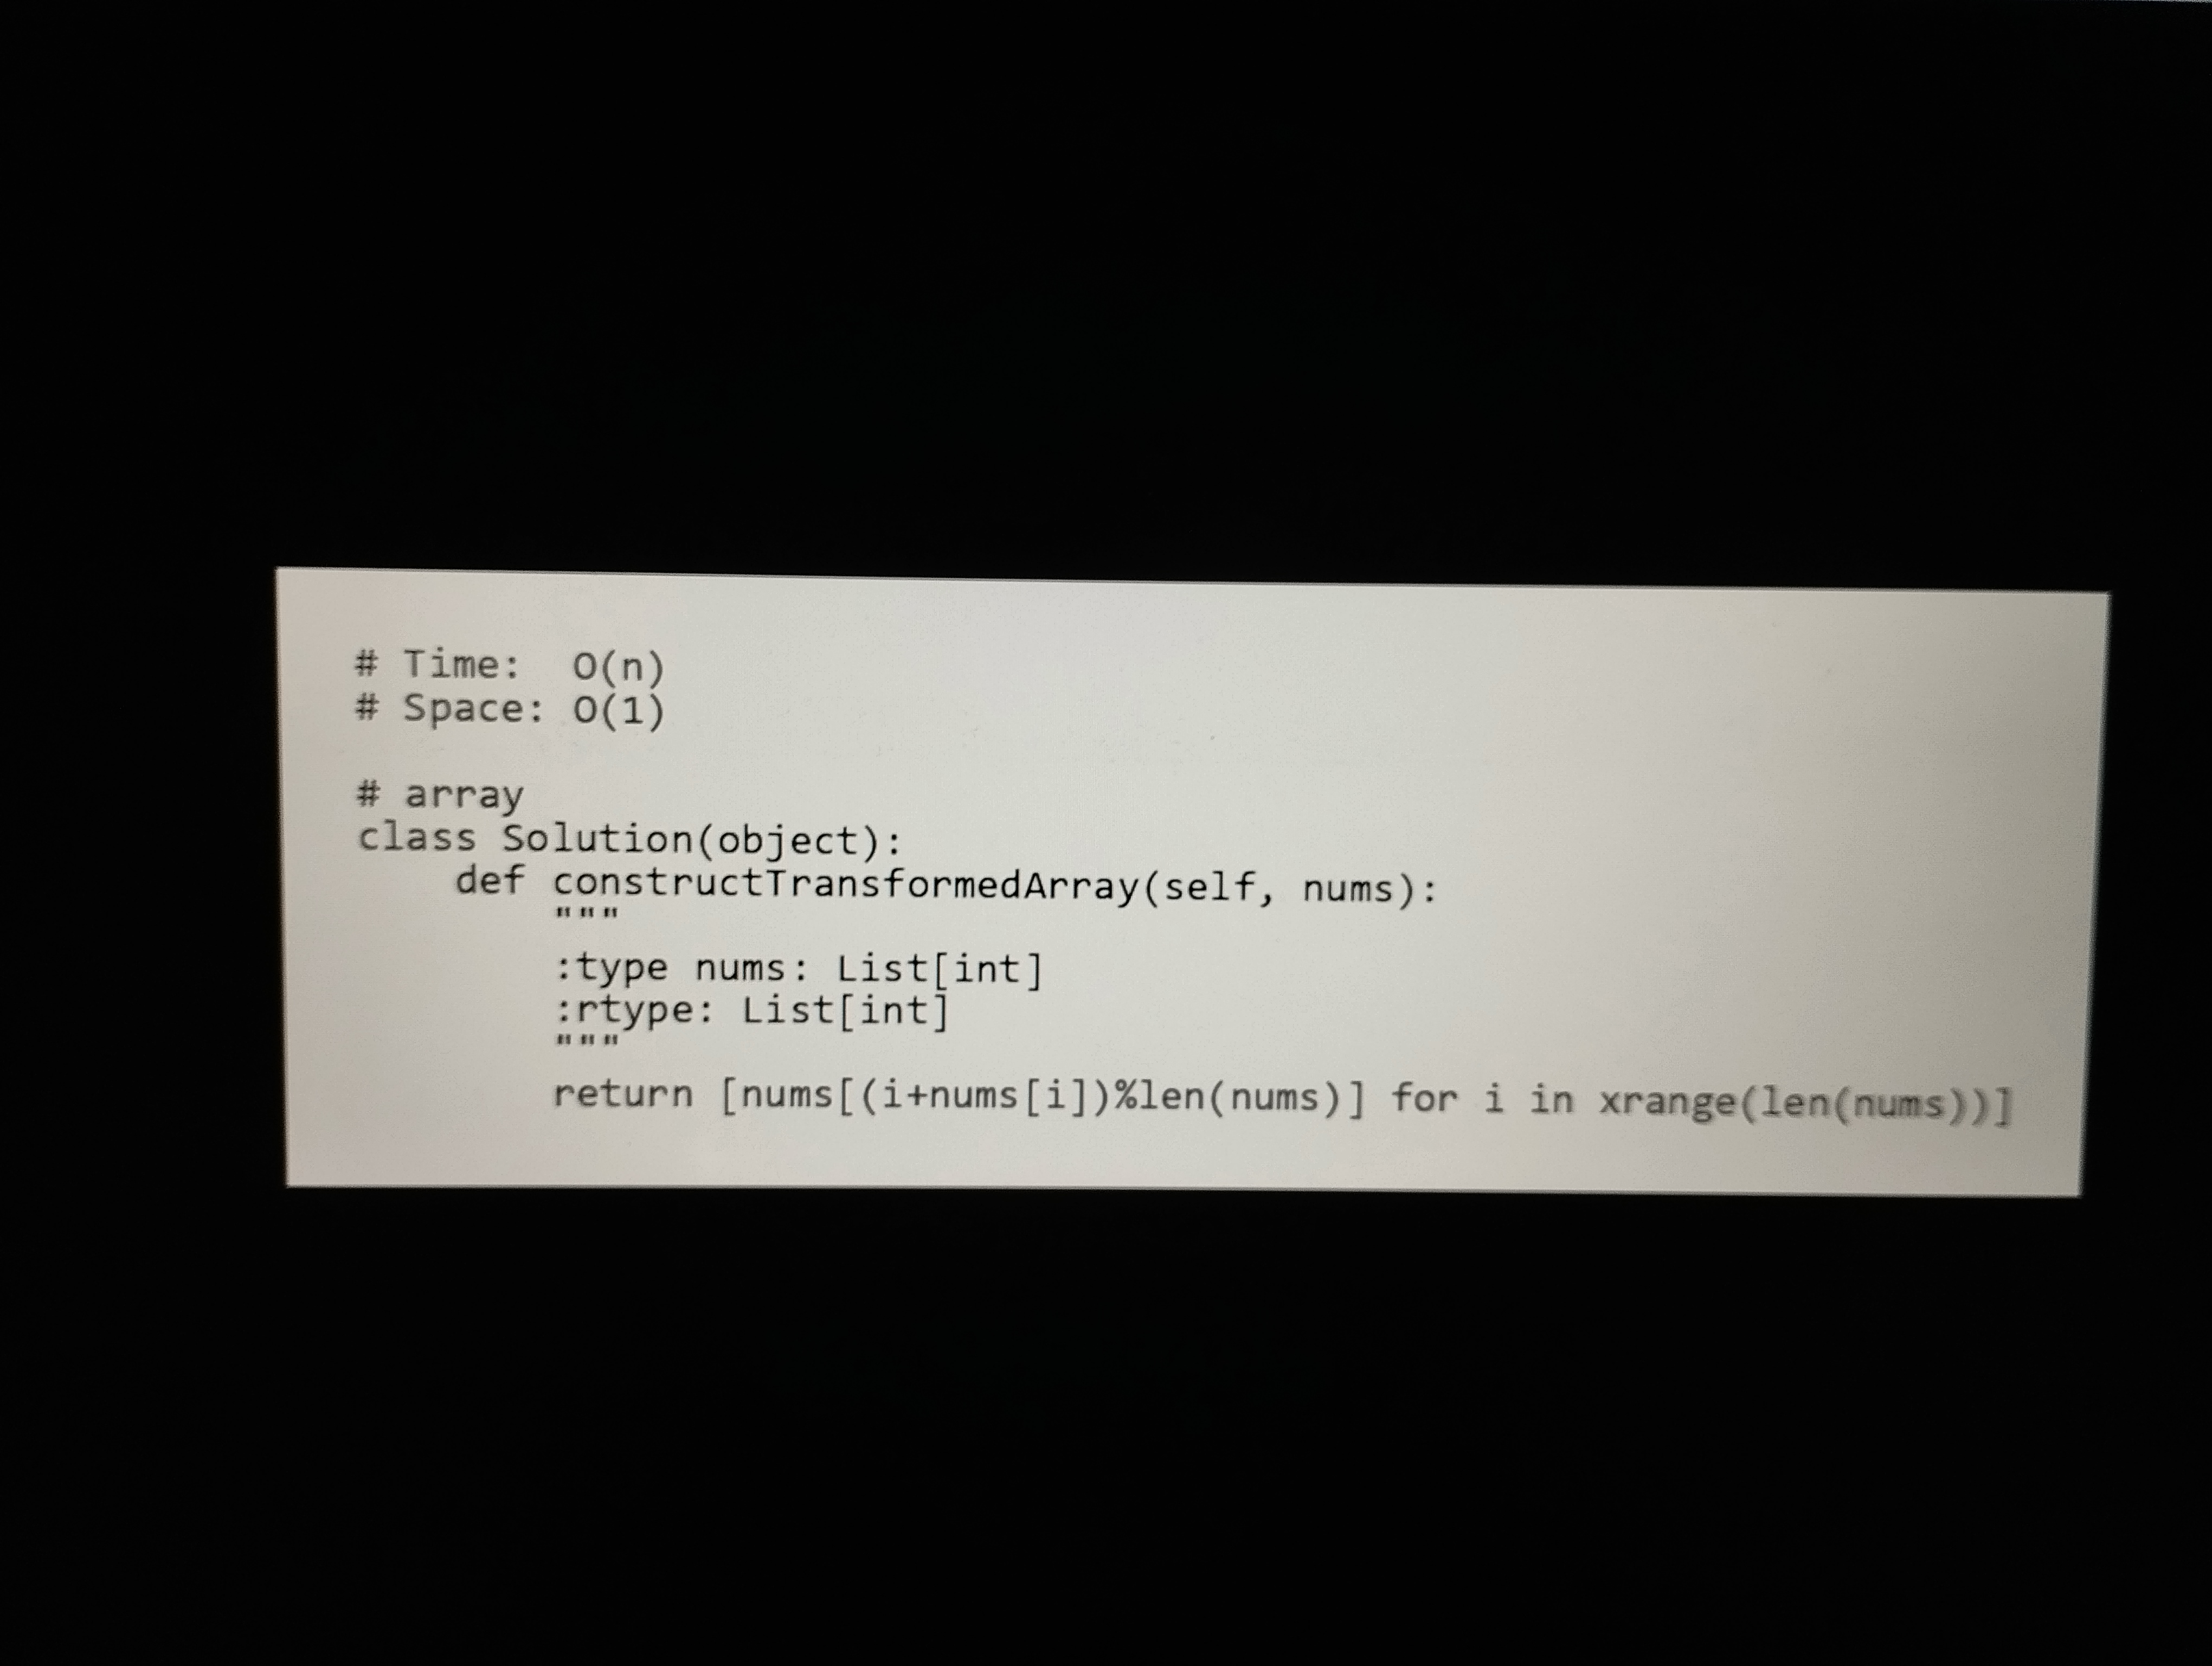
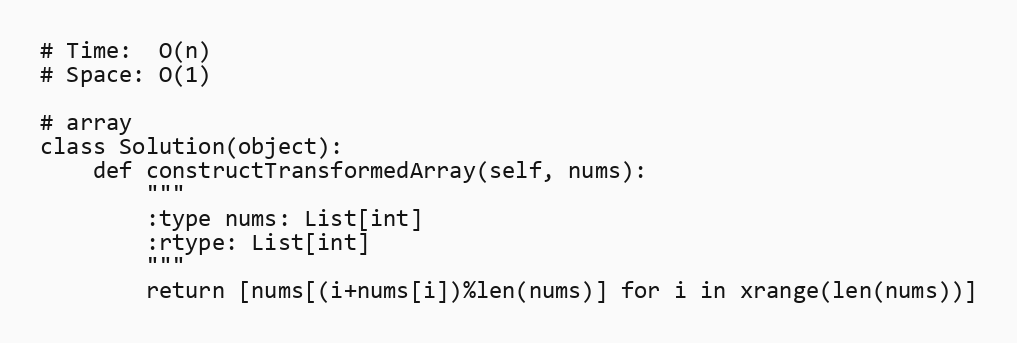
# Time:  O(n)
# Space: O(1)

# array
class Solution(object):
    def constructTransformedArray(self, nums):
        """
        :type nums: List[int]
        :rtype: List[int]
        """
        return [nums[(i+nums[i])%len(nums)] for i in xrange(len(nums))]